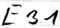
Text: E3.1